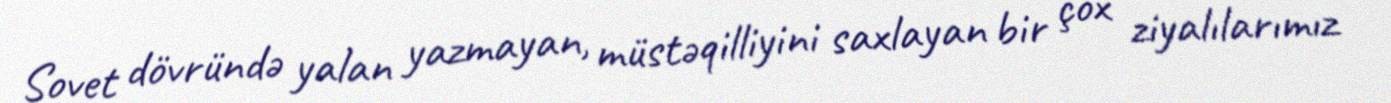
Sovet dövründə yalan yazmayan, müstəqilliyini saxlayan bir çox ziyalılarımız